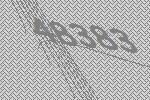
48383